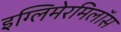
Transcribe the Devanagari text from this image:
इग्लिमेरमिलॉस